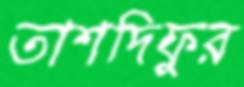
তাশদিফুর